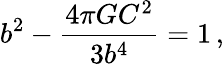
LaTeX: b^{2}-{\frac{4\pi GC^{2}}{3b^{4}}}=1\, ,